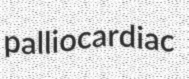
palliocardiac